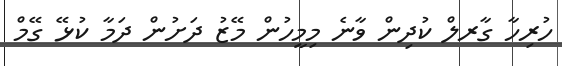
ހުރިހާ ގާރލް ކުދިން ވާނެ މިމީހުން މޭޒު ދަށުން ދަމާ ކުޅޭ ގޭމް